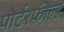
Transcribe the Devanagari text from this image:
पोर्टरफील्ड